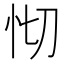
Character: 𢗠